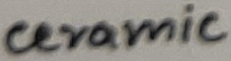
Text: ceramic